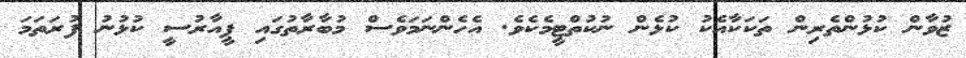
ޒުވާން ކުޅުންތެރިން ތަކަކާއެކު ކުޅެން ނުކުތްޓީމެކެވެ. އެހެންނަމަވެސް މުބާރާތުގައި ޕީއާރުސީ ކުޅުނު ފުރަތަމަ